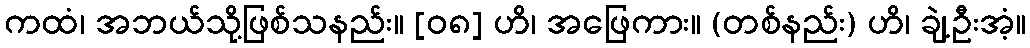
ကထံ၊ အဘယ်သို့ဖြစ်သနည်း။ [၀၈] ဟိ၊ အဖြေကား။ (တစ်နည်း) ဟိ၊ ချဲ့ဦးအံ့။